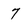
Character: 7